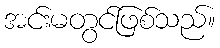
အင်းမတွင်ဖြစ်သည်။